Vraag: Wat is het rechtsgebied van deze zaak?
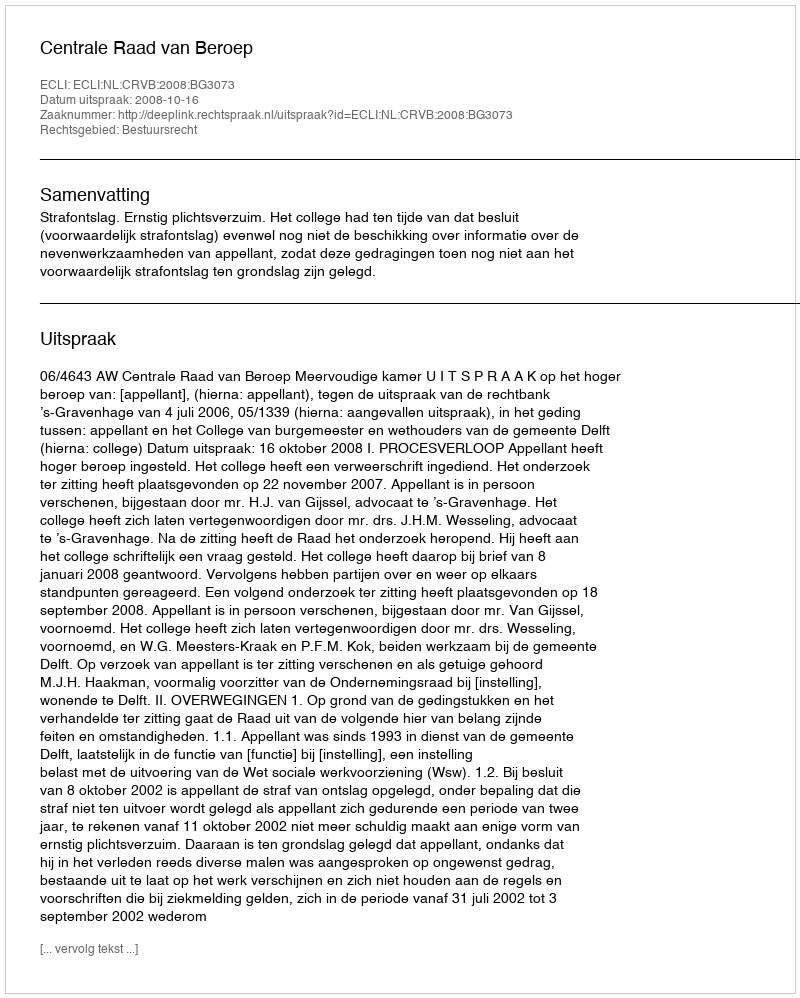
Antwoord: Bestuursrecht